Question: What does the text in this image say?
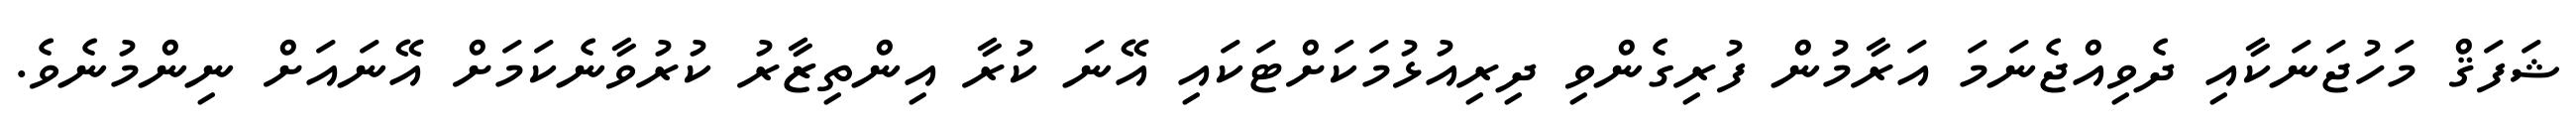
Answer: ޝަފަޤް މަހުޖަނަކާއި ދެވިއްޖެނަމަ އަރާމުން ފުރިގެންވި ދިރިއުޅުމަކަށްޓަކައި އޭނަ ކުރާ އިންތިޒާރު ކުރުވާނެކަމަށް އޭނައަށް ނިންމުނެވެ.